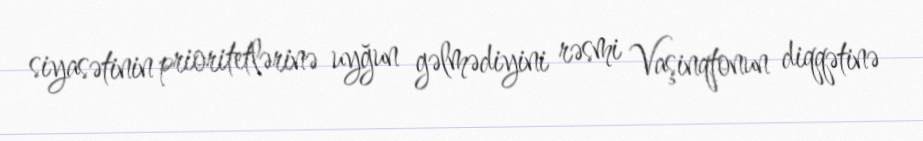
siyasətinin prioritetlərinə uyğun gəlmədiyini rəsmi Vaşinqtonun diqqətinə